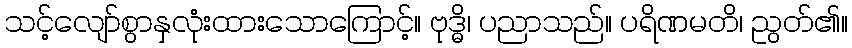
သင့်လျော်စွာနှလုံးထားသောကြောင့်။ ဗုဒ္ဓိ၊ ပညာသည်။ ပရိဏမတိ၊ ညွတ်၏။